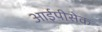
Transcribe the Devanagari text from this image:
आईपीसेक